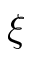
\xi